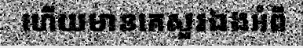
ហើយមានគេសួរឯងអំពី